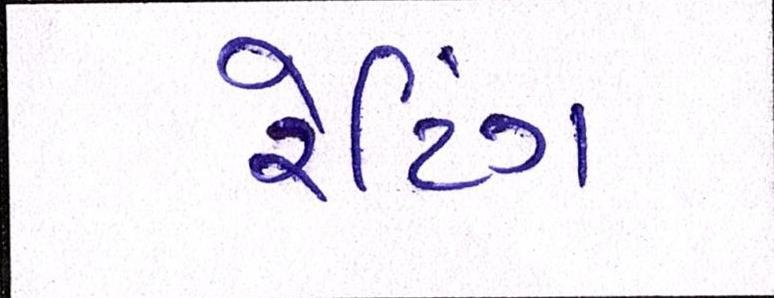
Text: રેટિંગ